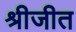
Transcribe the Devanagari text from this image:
श्रीजीत